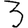
Digit: 3